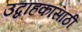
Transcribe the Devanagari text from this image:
उद्वाहकांसाठी